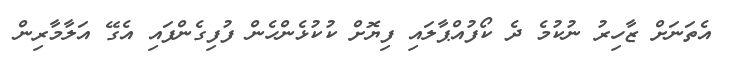
އެތަނަށް ޒާހިރު ނުކުމެ ދެ ކޯފުއްޕާލައި ފިޔޮށް ކުކުޅެންހެން ފުފިގެންފައި އެގޭ އަލާމާރިން